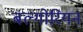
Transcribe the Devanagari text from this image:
बल्गोरियन